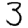
Digit: 3